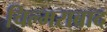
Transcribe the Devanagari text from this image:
चिल्मराबाद